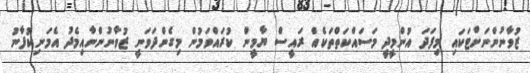
ޒުވާނުންނަށްޓަކައި މިފަދަ އުންމީދީ މަސައްކަތްތަކެއް ރައީސް ޔާމީން ކުރައްވަމުން މިގެންދަވަނީ ޒުވާނުންނާއިމެދު އެމަނިކުފާނު